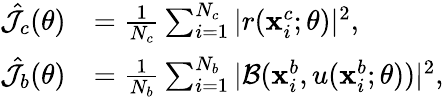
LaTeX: \begin{array}{rl}{\hat{\mathcal{J}}_{c}(\theta)}&{=\frac{1}{N_{c}}\sum_{i=1}^{N_{c}}|r(\mathbf{x}_{i}^{c};\theta)|^{2},}\\ {\hat{\mathcal{J}}_{b}(\theta)}&{=\frac{1}{N_{b}}\sum_{i=1}^{N_{b}}|\mathcal{B}(\mathbf{x}_{i}^{b},u(\mathbf{x}_{i}^{b};\theta))|^{2},}\end{array}